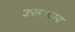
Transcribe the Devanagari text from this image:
उपायांचाच